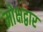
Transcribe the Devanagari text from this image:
मोक्षद्वार